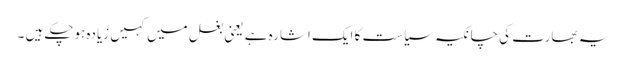
یہ بھارت کی چانکیہ سیاست کا ایک اشارہ ہے یعنی بغل میں کہیں زیادہ ہوچکے ہیں ۔